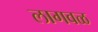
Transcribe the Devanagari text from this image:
लागवळ